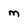
Character: m